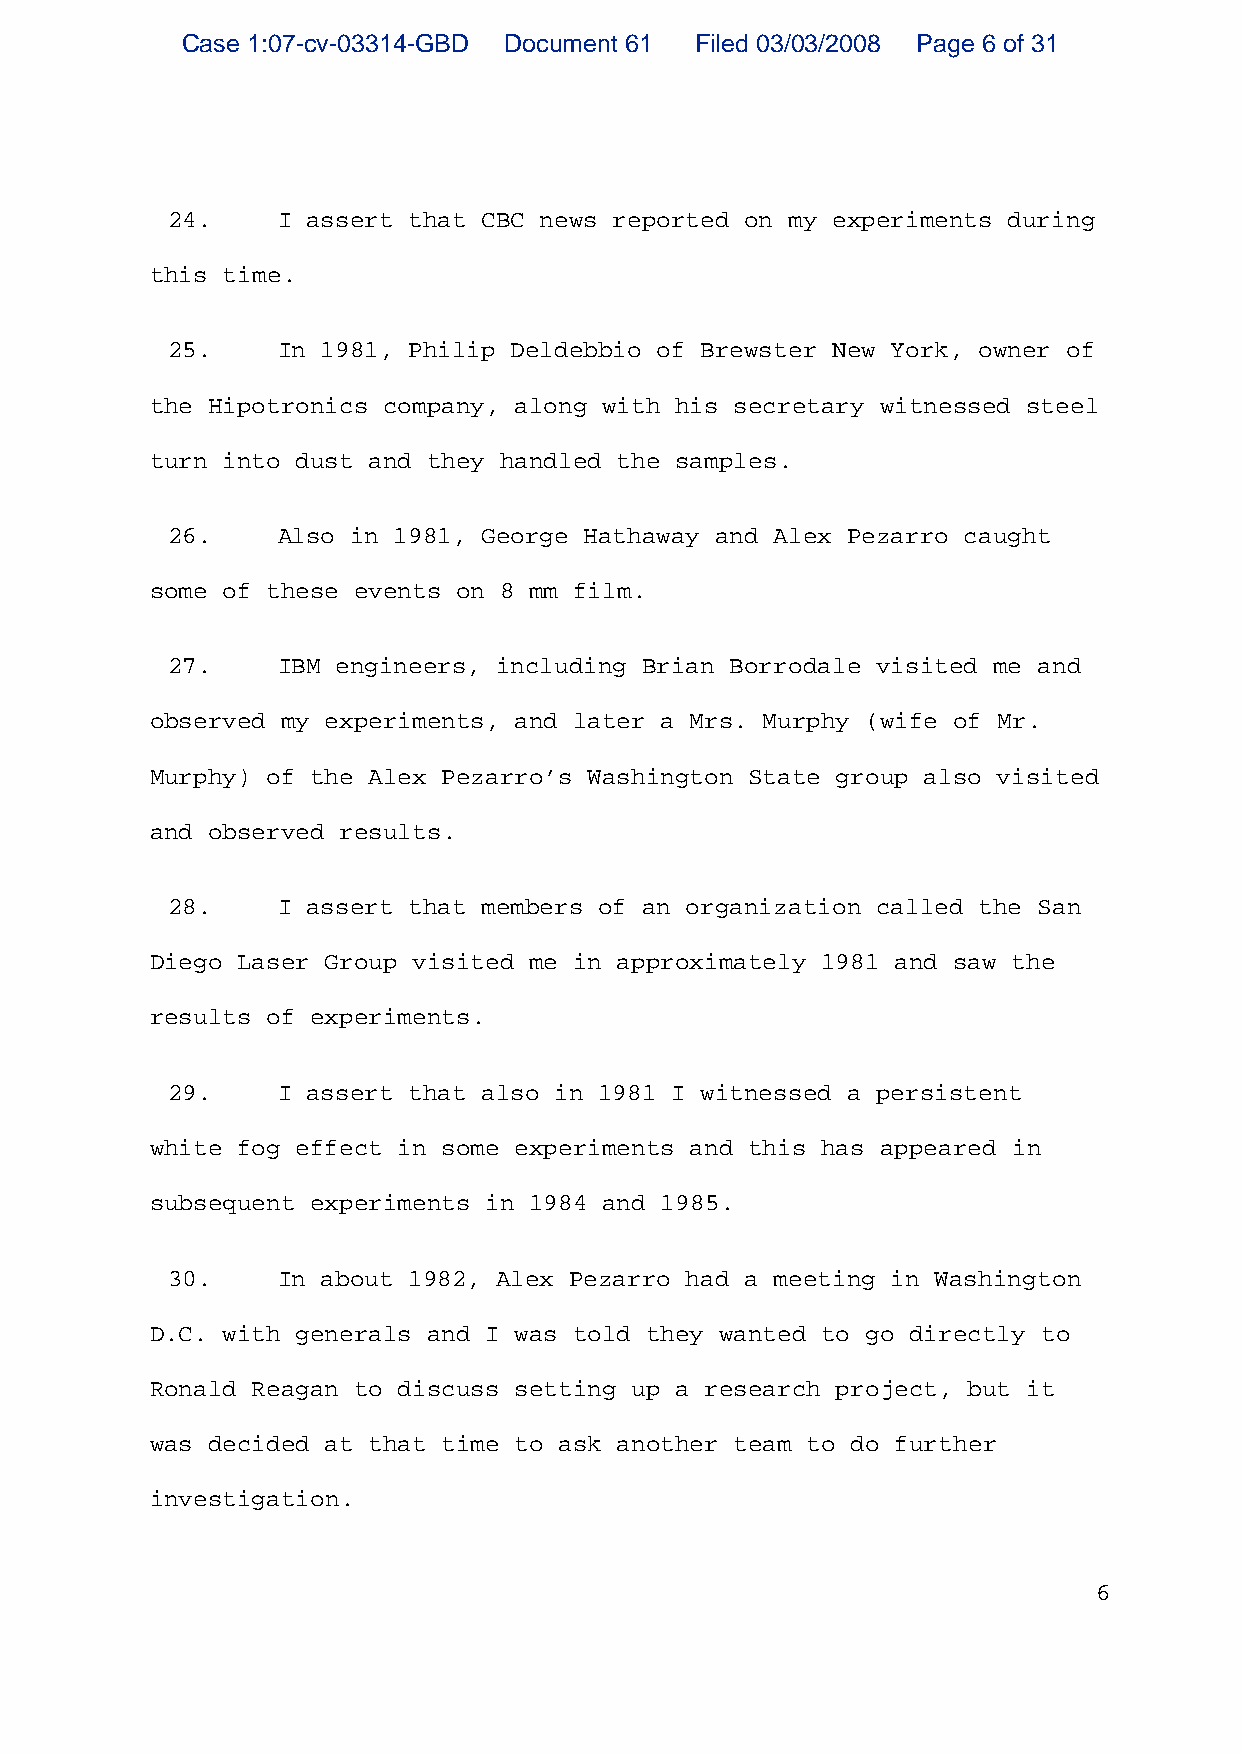
Case 1:07-cv-03314-GBD Document 61 Filed 03/03/2008 Page 6 of 31
 24.    I assert that CBC news reported on my experiments during
 this time.
 25.    In 1981, Philip Deldebbio of Brewster New York, owner of
 the Hipotronics company, along with his secretary witnessed steel
 turn into dust and they handled the samples.
 26.    Also in 1981, George Hathaway and Alex Pezarro caught
 some of these events on 8 mm film.
 27.    IBM engineers, including Brian Borrodale visited me and
 observed my experiments, and later a Mrs. Murphy (wife of Mr.
 Murphy) of the Alex Pezarro’s Washington State group also visited
 and observed results.
 28.    I assert that members of an organization called the San
 Diego Laser Group visited me in approximately 1981 and saw the
 results of experiments.
 29.    I assert that also in 1981 I witnessed a persistent
 white fog effect in some experiments and this has appeared in
 subsequent experiments in 1984 and 1985.
 30.    In about 1982, Alex Pezarro had a meeting in Washington
 D.C. with generals and I was told they wanted to go directly to
 Ronald Reagan to discuss setting up a research project, but it
 was decided at that time to ask another team to do further
 investigation.
 6